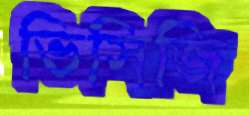
ভিসিজি